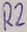
Text: R2